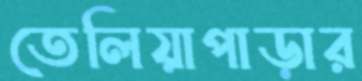
তেলিয়াপাড়ার